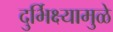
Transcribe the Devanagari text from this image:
दुर्भिक्ष्यामुळे